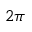
2 \pi